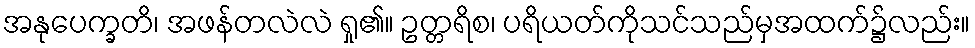
အနုပေက္ခတိ၊ အဖန်တလဲလဲ ရှု၏။ ဥတ္တရိစ၊ ပရိယတ်ကိုသင်သည်မှအထက်၌လည်း။